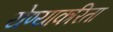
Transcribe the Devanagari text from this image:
येण्याकरिता